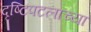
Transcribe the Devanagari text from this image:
दृष्टिपटलाच्या